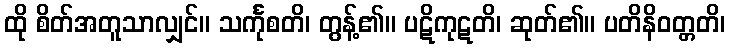
ထို စိတ်အတူသာလျှင်။ သင်္ကုစတိ၊ တွန့်၏။ ပဋိကုဋတိ၊ ဆုတ်၏။ ပတိနိဝတ္တတိ၊